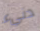
دنيء